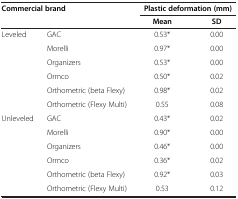
| <ROWSPAN=2-COLSPAN=2> Commercial brand | <COLSPAN=2> Plastic deformation (mm) |
 | Mean | SD |
 | --- | --- | --- | --- |
 | <ROWSPAN=6> Leveled | GAC | 0.53* | 0.00 |
 | Morelli | 0.97* | 0.00 |
 | Organizers | 0.53* | 0.00 |
 | Ormco | 0.50* | 0.02 |
 | Orthometric (beta Flexy) | 0.98* | 0.02 |
 | Orthometric (Flexy Multi) | 0.55 | 0.08 |
 | <ROWSPAN=6> Unleveled | GAC | 0.43* | 0.02 |
 | Morelli | 0.90* | 0.00 |
 | Organizers | 0.46* | 0.00 |
 | Ormco | 0.36* | 0.02 |
 | Orthometric (beta Flexy) | 0.92* | 0.03 |
 | Orthometric (Flexy Multi) | 0.53 | 0.12 |